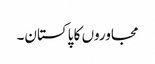
مجاوروں کا پاکستان۔